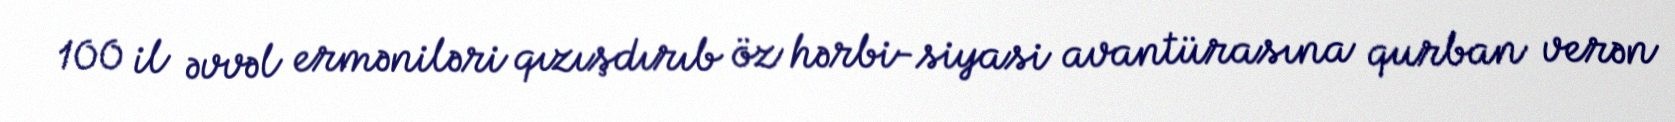
100 il əvvəl erməniləri qızışdırıb öz hərbi-siyasi avantürasına qurban verən